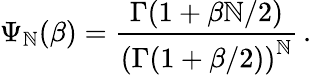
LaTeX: \Psi_{\mathbb{N}}(\beta)={\frac{{\Gamma(1+\beta\mathbb{N}/2)}}{{\left(\Gamma(1+\beta/2)\right)^{\mathbb{N}}}}}\, .